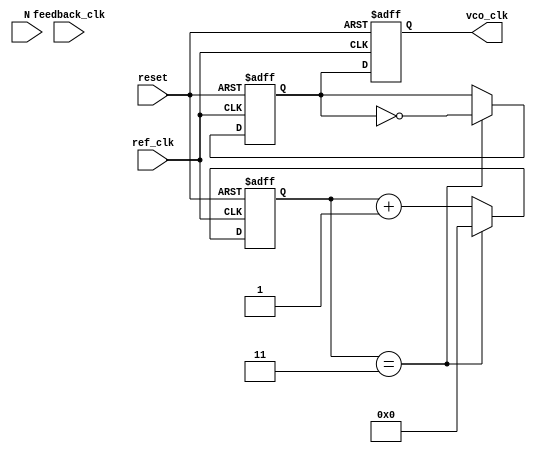
module integer_n_pll (
    input wire ref_clk,        // Reference clock input
    input wire reset,          // Asynchronous reset
    input wire feedback_clk,   // Feedback clock from divider
    input wire [N-1:0] N,      // Division ratio
    output reg vco_clk         // VCO output clock
);

parameter N = 4; // Example division ratio
parameter VCO_MAX_FREQ = 100; // Max frequency for VCO
parameter VCO_MIN_FREQ = 10;  // Min frequency for VCO

// PFD signals
reg up, down;
reg ref_last, fb_last;

// Charge Pump signals
reg [7:0] charge_pump_output; // Control voltage from charge pump

// Loop Filter (simple first-order)
reg [7:0] loop_filter_output;

// VCO frequency control
reg [7:0] vco_control_voltage;
reg [7:0] vco_frequency;

// Divider
reg [N-1:0] divider_count;
reg feedback_divided_clk;

// PFD Logic
always @(posedge ref_clk or posedge reset) begin
    if (reset) begin
        up <= 0;
        down <= 0;
        ref_last <= 0;
        fb_last <= 0;
    end else begin
        ref_last <= ref_clk;
        fb_last <= feedback_clk;

        if (ref_last && !ref_clk && !fb_last) begin
            up <= 1; // Reference clock leads feedback
            down <= 0;
        end else if (!ref_last && fb_last && fb_last) begin
            up <= 0;
            down <= 1; // Feedback leads reference clock
        end else begin
            up <= 0;
            down <= 0; // No change
        end
    end
end

// Charge Pump Logic
always @(posedge ref_clk or posedge reset) begin
    if (reset) begin
        charge_pump_output <= 0;
    end else begin
        if (up) begin
            charge_pump_output <= charge_pump_output + 1; // Increase voltage
        end else if (down) begin
            charge_pump_output <= charge_pump_output - 1; // Decrease voltage
        end
    end
end

// Loop Filter Logic (simple low-pass filter)
always @(posedge ref_clk or posedge reset) begin
    if (reset) begin
        loop_filter_output <= 0;
    end else begin
        loop_filter_output <= (loop_filter_output + charge_pump_output) >> 1; // Simple averaging
    end
end

// VCO Logic
always @(posedge ref_clk or posedge reset) begin
    if (reset) begin
        vco_control_voltage <= 0;
        vco_frequency <= VCO_MIN_FREQ;
    end else begin
        vco_control_voltage <= loop_filter_output;
        // Adjust VCO frequency based on control voltage
        if (vco_control_voltage > 128) begin
            vco_frequency <= VCO_MAX_FREQ; // Max frequency
        end else if (vco_control_voltage < 128) begin
            vco_frequency <= VCO_MIN_FREQ; // Min frequency
        end
    end
end

// Divider Logic
always @(posedge ref_clk or posedge reset) begin
    if (reset) begin
        divider_count <= 0;
        feedback_divided_clk <= 0;
    end else begin
        if (divider_count == N-1) begin
            feedback_divided_clk <= ~feedback_divided_clk; // Toggle output
            divider_count <= 0; // Reset counter
        end else begin
            divider_count <= divider_count + 1; // Increment counter
        end
    end
end

// VCO Output Clock Generation
always @(posedge ref_clk or posedge reset) begin
    if (reset) begin
        vco_clk <= 0;
    end else begin
        vco_clk <= feedback_divided_clk; // Output the divided clock
    end
end

endmodule